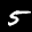
Label: 5